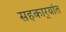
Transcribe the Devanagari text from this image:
सहकार्‍यांत